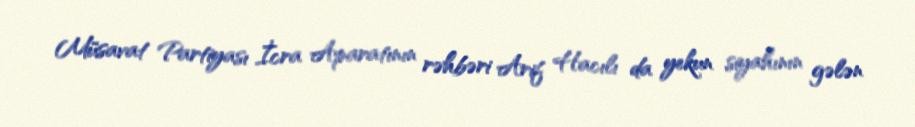
Müsavat Partiyası İcra Aparatının rəhbəri Arif Hacılı da yekun siyahının gələn